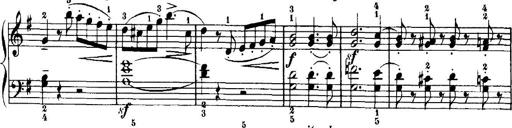
Title: 7 Sonatinas
Composer: Anton Diabelli